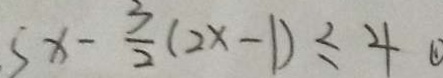
5 x - \frac { 3 } { 2 } ( 2 x - 1 ) \leq 4 \textcircled { 1 }